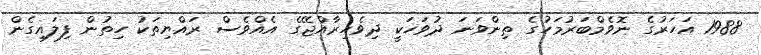
1988 އަހަރުގެ ނޮވެމްބަރުމަހުގެ ތިންވަނަ ދުވަހަކީ ދިވެހިރާއްޖޭގެ އެއްވެސް ރައްޔިތަކު ހިތުން ފިލައިގެން